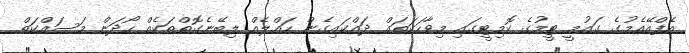
އެފްއޭއެމުގެ ގައުމީ ޓީމުގެ ކޮމިޓީގައި މިވާހަކަތައް ދައްކައިގެން ހައްލެއް ލިބޭނެގޮތްތަކެއް ހޯދަން މަސައްކަތް